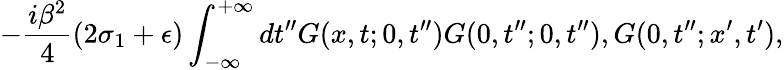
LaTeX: -\frac{i\beta^{2}}{4}(2\sigma_{1}+\epsilon)\int_{-\infty}^{+\infty}dt^{\prime\prime}G(x,t;0,t^{\prime\prime})G(0,t^{\prime\prime};0,t^{\prime\prime}),G(0,t^{\prime\prime};x^{\prime},t^{\prime}),